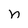
Character: n